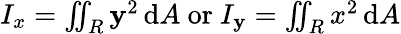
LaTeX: I_{x}=\textstyle\iint_{R}\mathbf{y}^{2}\, \mathrm{{d}}A{\mathrm{{~or~}}}I_{\mathbf{y}}=\textstyle\iint_{R}x^{2}\, \mathrm{{d}}A